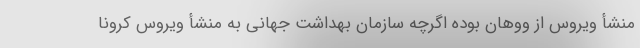
منشأ ویروس از ووهان بوده اگرچه سازمان بهداشت جهانی به منشأ ویروس کرونا